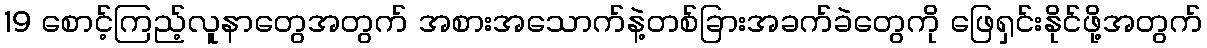
19 စောင့်ကြည့်လူနာတွေအတွက် အစားအသောက်နဲ့တစ်ခြားအခက်ခဲတွေကို ဖြေရှင်းနိုင်ဖို့အတွက်